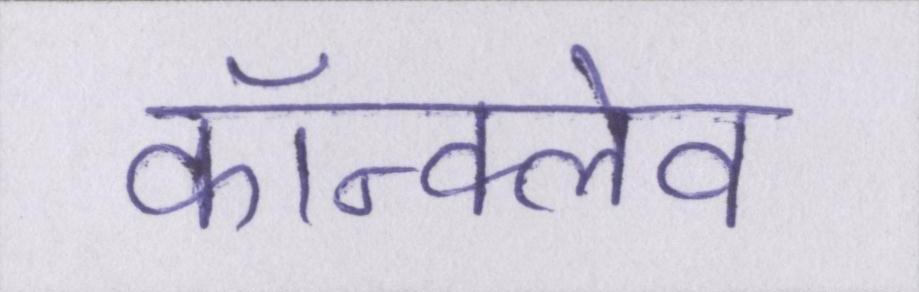
कॉन्क्लेव